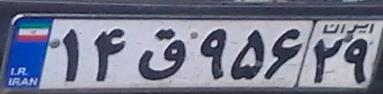
۱۴ق۹۵۶۲۹